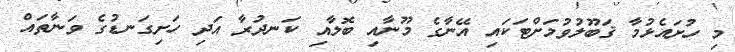
މި ހުށައެޅުމާ ޤަބޫލުވުމަށްޓަކައި އޭނާގެ މޫނާއި ބޮލާއި ކަނދުރާ އަދި ހަށިގަނޑުގެ ވަނާތައް